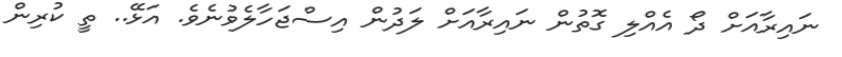
ނައިރާއަށް ދޯ އެއްލި ގޮތުން ނައިރާއަށް ލަދުން އިސްޖަހާލެވުނެވެ. އަޅޭ.. ތީ ކުރިން